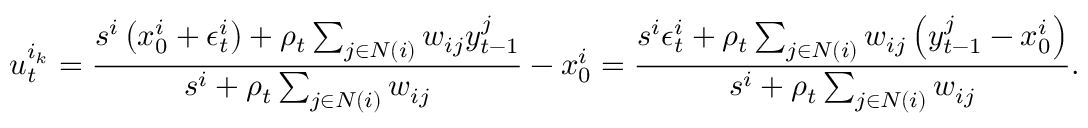
u _ { t } ^ { i _ { k } } = \frac { s ^ { i } \left( x _ { 0 } ^ { i } + \epsilon _ { t } ^ { i } \right) + \rho _ { t } \sum _ { j \in N ( i ) } w _ { i j } y _ { t - 1 } ^ { j } } { s ^ { i } + \rho _ { t } \sum _ { j \in N ( i ) } w _ { i j } } - x _ { 0 } ^ { i } = \frac { s ^ { i } \epsilon _ { t } ^ { i } + \rho _ { t } \sum _ { j \in N ( i ) } w _ { i j } \left( y _ { t - 1 } ^ { j } - x _ { 0 } ^ { i } \right) } { s ^ { i } + \rho _ { t } \sum _ { j \in N ( i ) } w _ { i j } } .